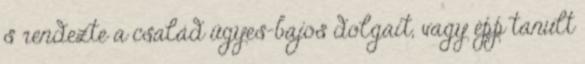
s rendezte a család ügyes-bajos dolgait, vagy épp tanult